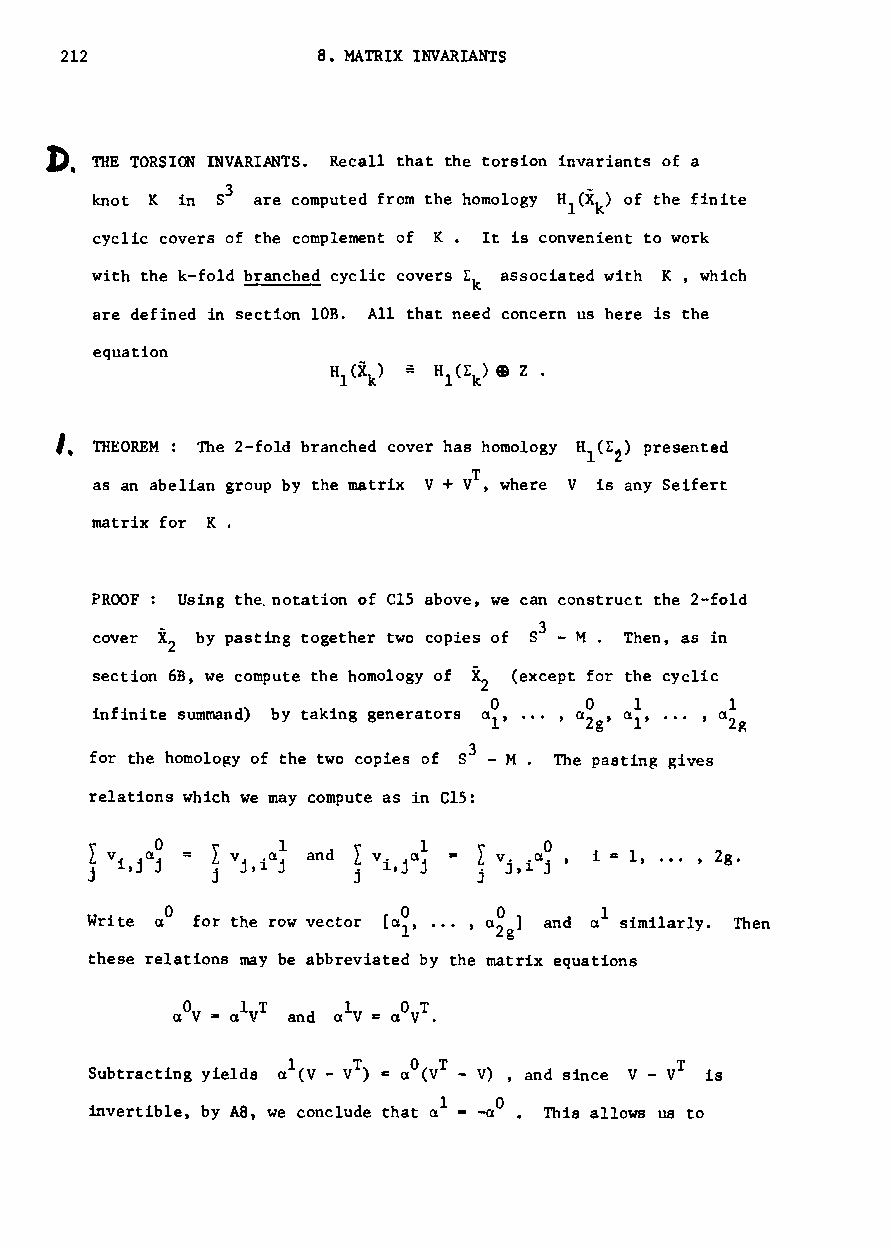
212              8. MATRIX INVARIANTS
 J).
 THE TORSION INVARIANTS. Recall that the torsion invariants of a
 3
 knot K in 8 are computed from the homology H1(X ) of the finite
 k
 cyclic covers of the complement of K. It is convenient to work
 with the k-fold branched cyclic covers E associated with K, which
 k
 are defined in section lOB. All that need concern us here is the
 equation
 I.
 THEOREM: The 2-fold branched cover has homology H (E ) presented
 1 2
 as an abelian group by the matrix V + vT , where V is any Seifert
 matrix for K.
 PROOF Using the. notation of C15 above, we can construct the 2-fold
 cover X by pasting together two copies of 83 - M. Then, as in
 2
 section 6B, we compute the homology of X (except for the cyclic
 2
 001             1
 infinite summand) by taking generators (11' ••• , ()2g, ()1' ..• , ()2g
 for the homology of the two copies of S3 - M. The pasting Rives
 relations which we may compute as in CIS:
 i =1, ... , 2g.
 o                            1
 Write () for the row vector   and a similarly. Then
 these relations may be abbreviated by the matrix equations
 1   o
 invertible, by A8, we conclude that a -a This allows us to